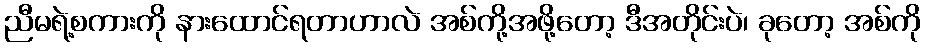
ညီမရဲ့စကားကို နားထောင်ရတာဟာလဲ အစ်ကို့အဖို့တော့ ဒီအတိုင်းပဲ၊ ခုတော့ အစ်ကို